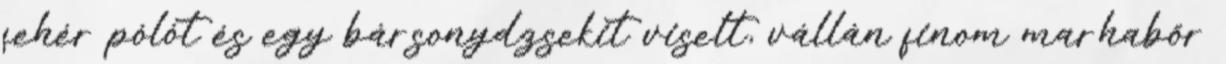
fehér pólót és egy bársonydzsekit viselt, vállán finom marhabőr